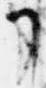
了